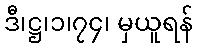
ဒီ၊ဋ္ဌ၊၁၊၇၄၊ မှယူရန်